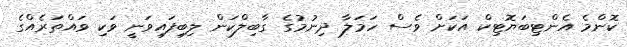
ކޮންމެ އެންޓިބަޔޮޓިކް އަކަށް ވެސް ހަމަލާ ދިނުމުގެ ގާބިލްކަން ލިބިފައިވަނީ ވަކި ވައްތަރެއްގެ